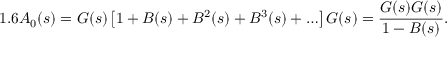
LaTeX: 1 . 6 A _ { 0 } ( s ) = G ( s ) \left[ 1 + B ( s ) + B ^ { 2 } ( s ) + B ^ { 3 } ( s ) + \ldots \right] G ( s ) = \frac { G ( s ) G ( s ) } { 1 - B ( s ) } .